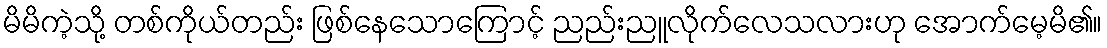
မိမိကဲ့သို့ တစ်ကိုယ်တည်း ဖြစ်နေသောကြောင့် ညည်းညူလိုက်လေသလားဟု အောက်မေ့မိ၏။